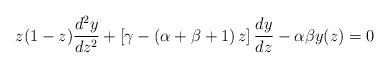
LaTeX: \begin{align*}z(1-z)\frac{d^{2}y}{dz^{2}}+\left[\gamma-\left(\alpha+\beta+1\right)z\right]\frac{dy}{dz}-\alpha\beta y(z)=0\end{align*}